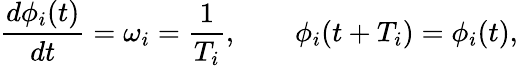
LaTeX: \frac{d\phi_{i}(t)}{dt}={\omega_{i}}=\frac{1}{T_{i}},\qquad\phi_{i}(t+T_{i})=\phi_{i}(t),